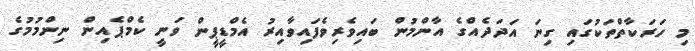
މި ހަރަކާތްތަކުގައި ގިނަ އަދަދެއްގެ އާންމުން ބައިވެރިވެފައިވާއިރު އެމްޑީޕީން ވަނީ ކެމްޕެއިން ނިންމުމުގެ